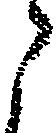
ら